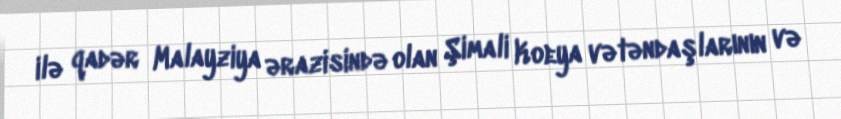
ilə qadər Malayziya ərazisində olan Şimali Koeya vətəndaşlarının və